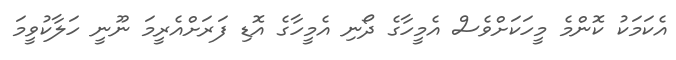
އެކަމަކު ކޮންމެ މީހަކަށްވެސް އެމީހާގެ ދޯނި އެމީހާގެ އޮޑި ފަރަށްއެރީމަ ނޫނީ ހަލާކުވީމަ